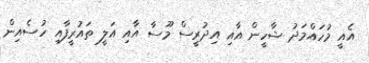
އެއީ މުހައްމަދު ޝާހީން އާއި އިދުރީސް މޫސާ އާއި އަލީ ތައުރީފާއި ހުސެއިން